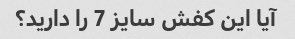
آیا این کفش سایز 7 را دارید؟